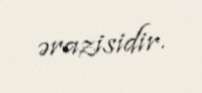
ərazisidir.